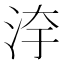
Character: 𣳹